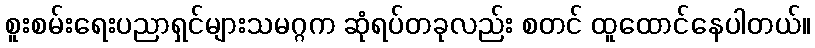
စူးစမ်းရေးပညာရှင်များသမဂ္ဂက ဆုံရပ်တခုလည်း စတင် ထူထောင်နေပါတယ်။